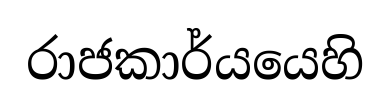
රාජකාර්යයෙහි